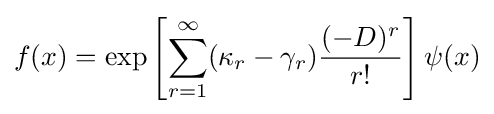
f(x)=\exp \left[\sum _{r=1}^{\infty }(\kappa _{r}-\gamma _{r}){\frac {(-D)^{r}}{r!}}\right]\psi (x)